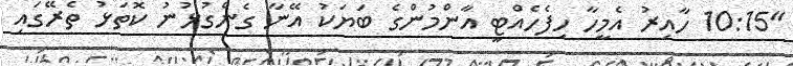
"10:15 ހާއިރު އެމީހާ ހިފެހެއްޓީ އާންމުންގެ ބަޔަކު އޭނާ ގެންގުޅުނު ކޮތަޅު ތެރޭގައި